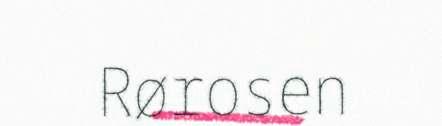
Rørosen